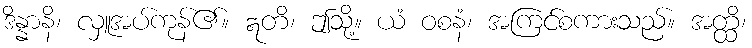
ဒိန္နာနိ၊ လှူအပ်ကုန်၏။ ဣတိ၊ ဤသို့။ ယံ ဝစနံ၊ အကြင်စကားသည်။ အတ္ထိ၊